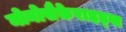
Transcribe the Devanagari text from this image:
मोनोसैकेराइड्स